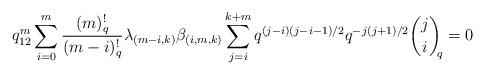
LaTeX: \begin{align*}&q_{12}^m\sum_{i=0}^{m} \frac{(m)_q^!}{(m-i)_q^!}\lambda_{(m-i,k)} \beta_{(i,m,k)}\sum_{j=i}^{k+m}q^{(j-i)(j-i-1)/2}q^{-j(j+1)/2}{j\choose i}_{\!\!q}=0\end{align*}